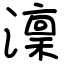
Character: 澟